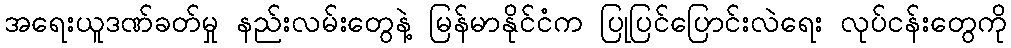
အရေးယူဒဏ်ခတ်မှု နည်းလမ်းတွေနဲ့ မြန်မာနိုင်ငံက ပြုပြင်ပြောင်းလဲရေး လုပ်ငန်းတွေကို